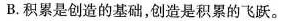
B.积累是创造的基础，创造是积累的飞跃。